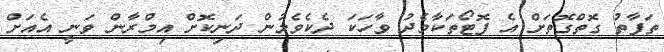
ތަފާތު ގޮތްގޮތަށް އެ ފޮޓޯތަކާމެދު ވާހަކަ ދެކެވެމުން ދަނިކޮށް އިމްރާން ވަނީ އެއަށް